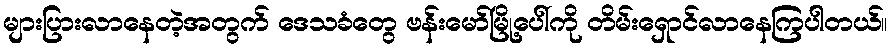
များပြားလာနေတဲ့အတွက် ဒေသခံတွေ ဗန်းမော်မြို့ပေါ်ကို တိမ်းရှောင်လာနေကြပါတယ်။